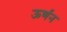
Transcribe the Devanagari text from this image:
ऊर्णन